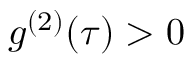
g ^ { ( 2 ) } ( \tau ) > 0